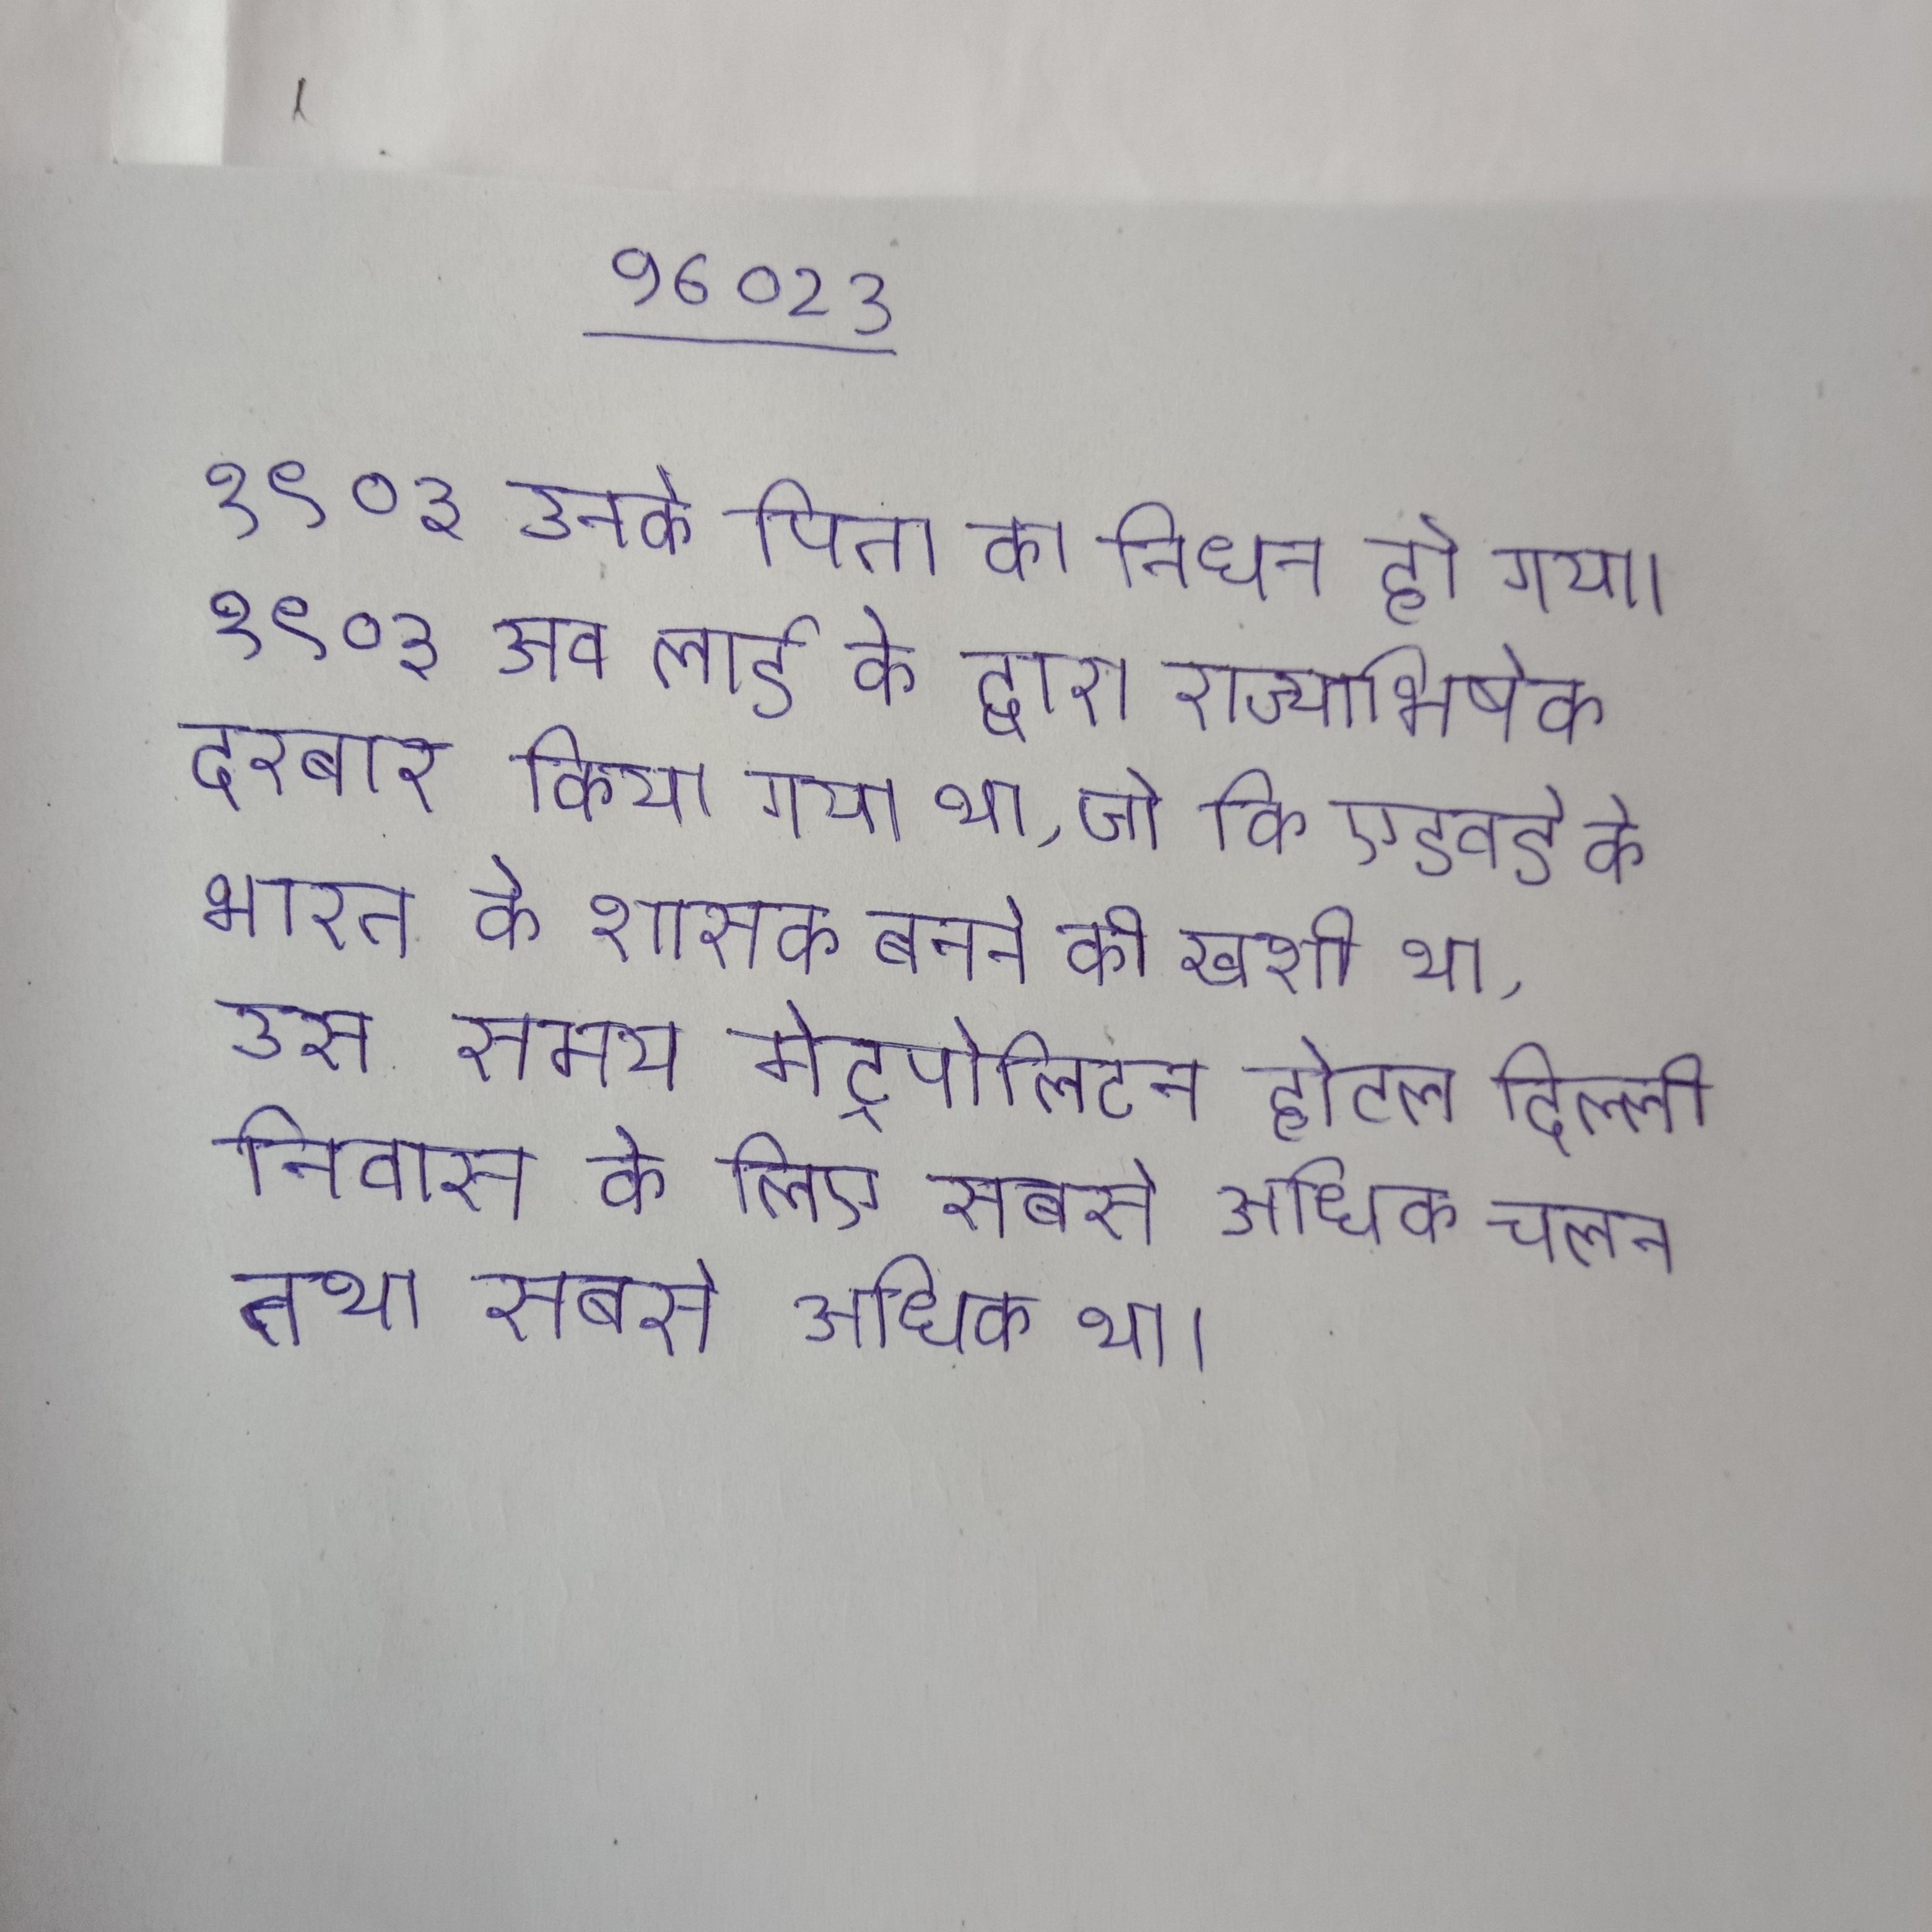
१९०३ उनके पिता का निधन हो गया । १९०३ जब लार्ड के द्वारा राज्याभिषेक दरबार किया गया था, जो कि एडवर्ड के भारत के शासक बनने की खुशी था, उस समय मेट्रोपोलिटन होटल दिल्ली निवास के लिए सबसे अधिक चलन तथा सबसे अधिक था ।